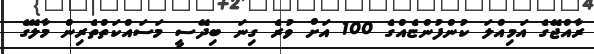
ރާއްޖޭގެ އަމިއްލަ ކުންފުންޏެއްގެ 100 އަށް ވުރެ ގިނަ ބިދޭސީ މަސައްކަތްތެރިން މާލޭގެ